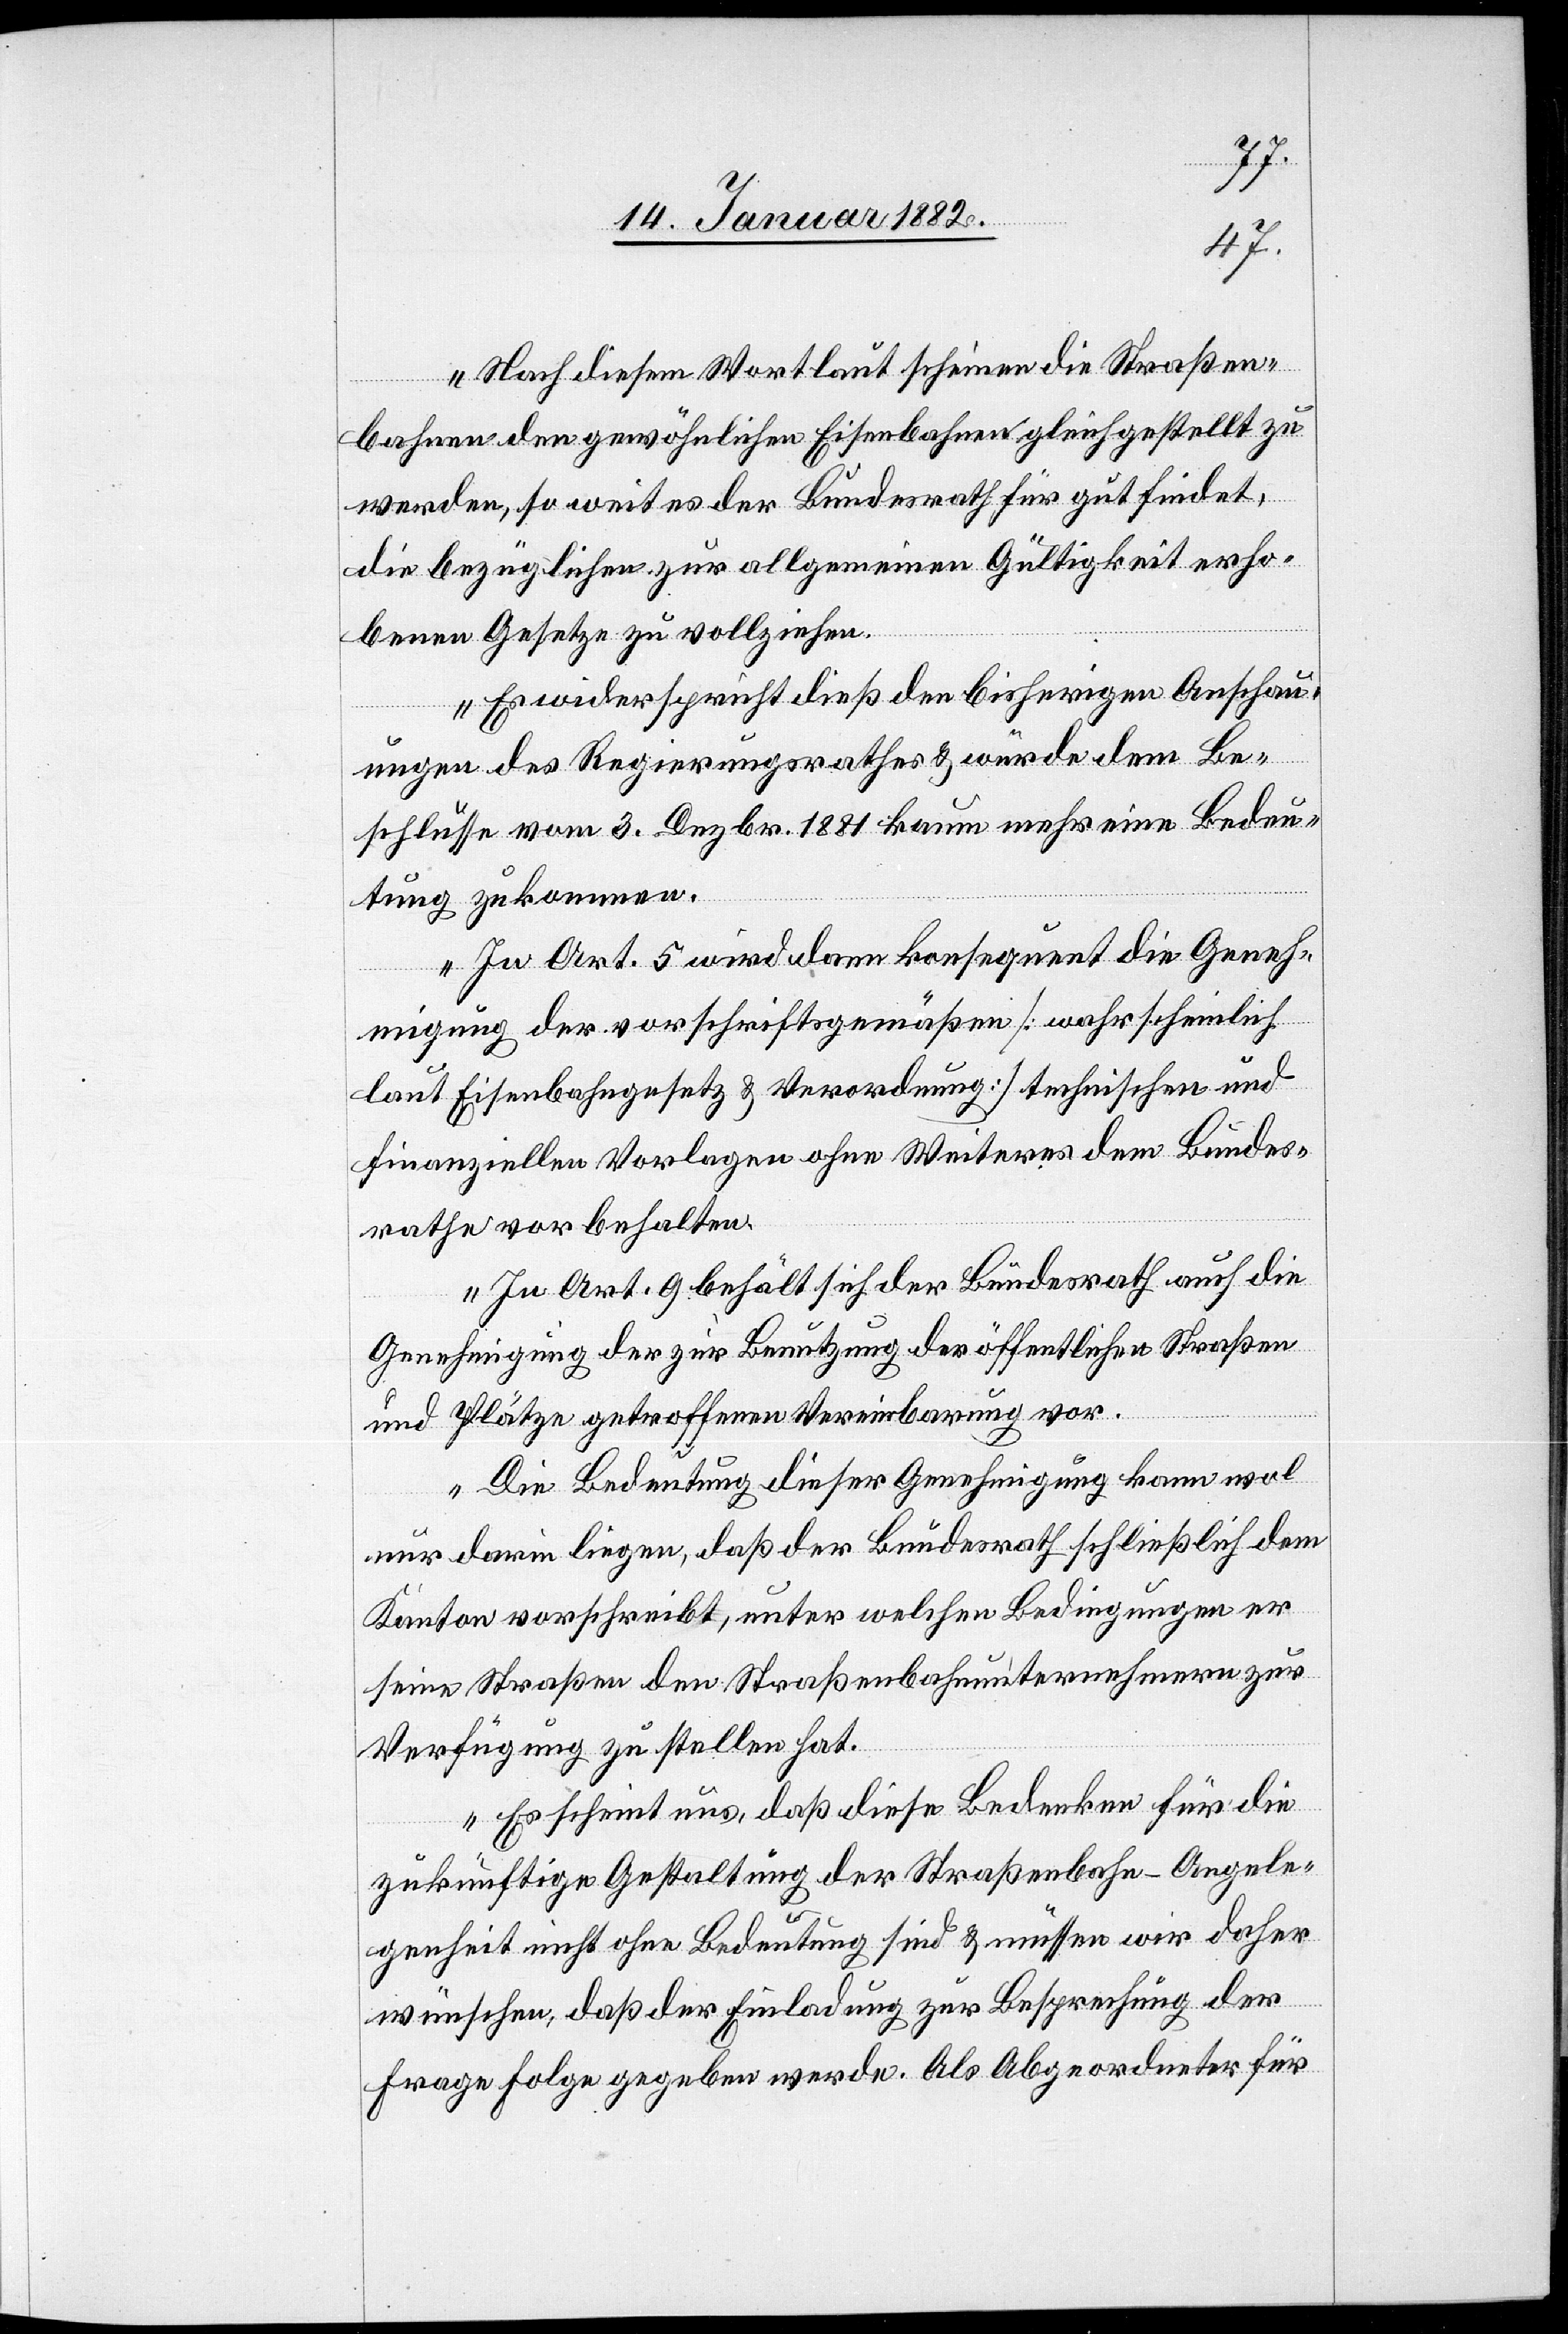
Nach diesem Wortlaut scheinen die Straßen¬
bahnen den gewöhnlichen Eisenbahnen gleichgestellt zu
werden, so weit es der Bundesrath für gut findet,
die bezüglichen zur allgemeinen Gültigkeit erho¬
benen Gesetze zu vollziehen.
Es widerspricht dieß den bisherigen Anschau¬
ungen des Regierungsrathes & würde dem Be¬
schlusse vom 3. Dezbr. 1881 kaum mehr eine Bedeu¬
tung zukommen.
In Art. 5 wird dann konsequent die Geneh¬
migung der vorschriftsgemäßen [wahrscheinlich
laut Eisenbahngesetz & Verordnung] technischen und
finanziellen Vorlagen ohne Weiteres dem Bundes¬
rathe vorbehalten.
In Art. 9 behält sich der Bundesrath auch die
Genehmigung der zur Benutzung der öffentlichen Straßen
und Plätze getroffenen Vereinbarung vor.
Die Bedeutung dieser Genehmigung kann wol
nur darin liegen, daß der Bundesrath schließlich dem
Kanton vorschreibt, unter welchen Bedingungen er
seine Straßen den Straßenbahnunternehmern zur
Verfügung zu stellen hat.
Es scheint uns, daß diese Bedenken für die
zukünftige Gestaltung der Straßenbahn-Angele¬
genheit nicht ohne Bedeutung sind & müssen wir daher
wünschen, daß der Einladung zur Besprechung der
Frage Folge gegeben werde. Als Abgeordneter für